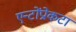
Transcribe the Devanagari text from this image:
एन्टोंप्रोकटा